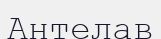
Антелав